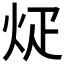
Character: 𪸢